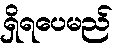
ရှိရပေမည်